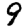
Digit: 9